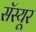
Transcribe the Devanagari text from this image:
सॅस्यूर